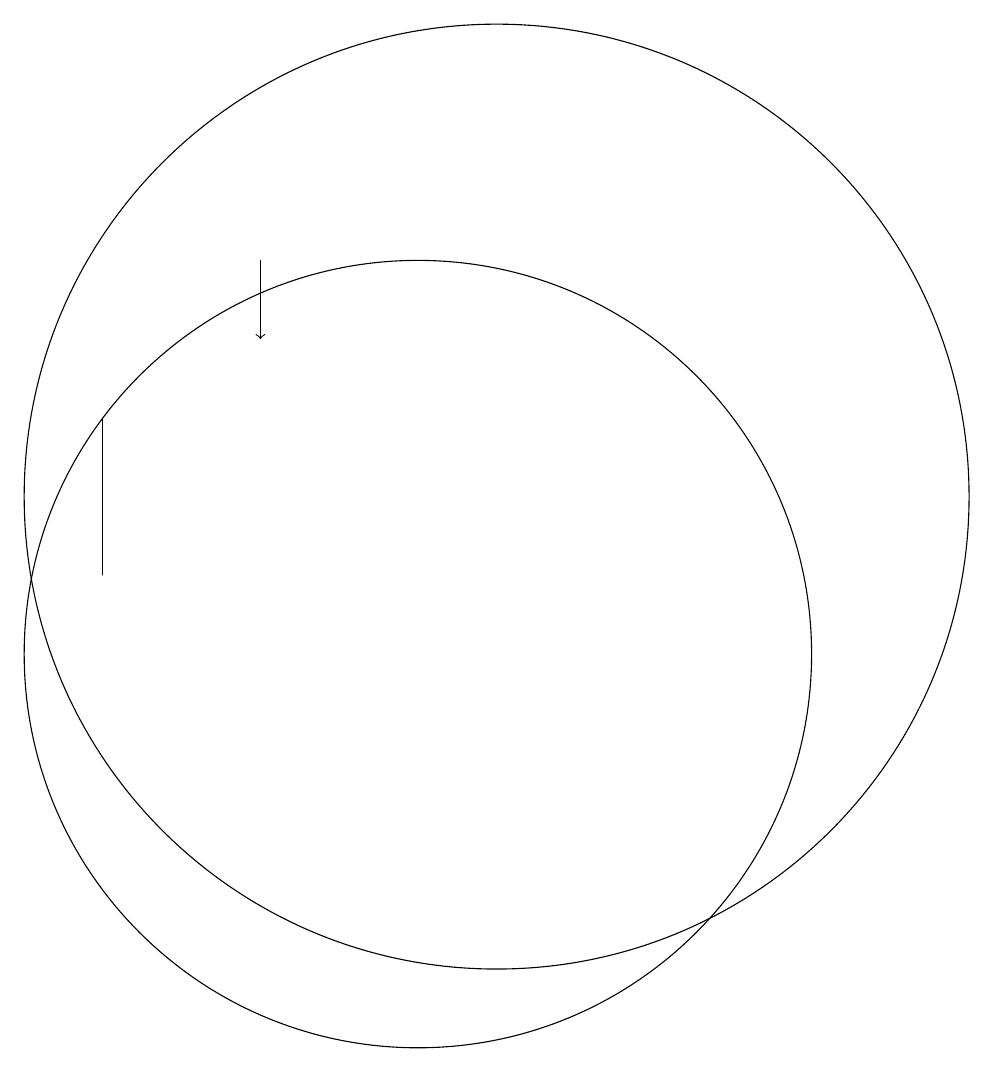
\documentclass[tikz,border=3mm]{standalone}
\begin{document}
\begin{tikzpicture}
\draw (12,12) circle (6);
\draw (7,13) rectangle (7,11);
\draw[->] (9,15) -- (9,14);
\draw (11,10) circle (5);
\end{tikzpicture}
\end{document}